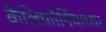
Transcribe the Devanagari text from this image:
कैलिफ़ोर्नियाच्या